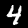
Label: 4